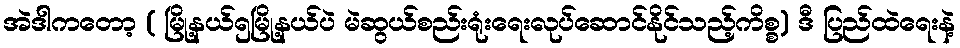
အဲဒါကတော့ ( မြို့နယ်၅မြို့နယ်ပဲ မဲဆွယ်စည်းရုံးရေးလုပ်ဆောင်နိုင်သည့်ကိစ္စ) ဒီ ပြည်ထဲရေးနဲ့